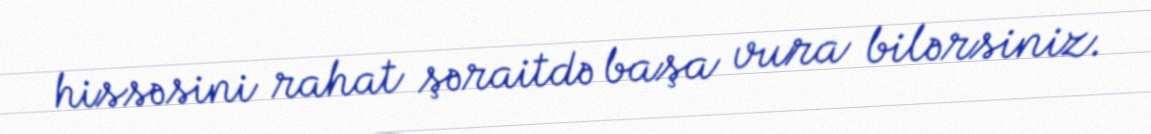
hissəsini rahat şəraitdə başa vura bilərsiniz.